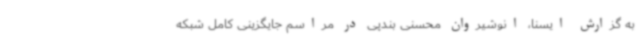
به گزارش ایسنا، انوشیروان محسنی بندپی در مراسم جایگزینی کامل شبکه